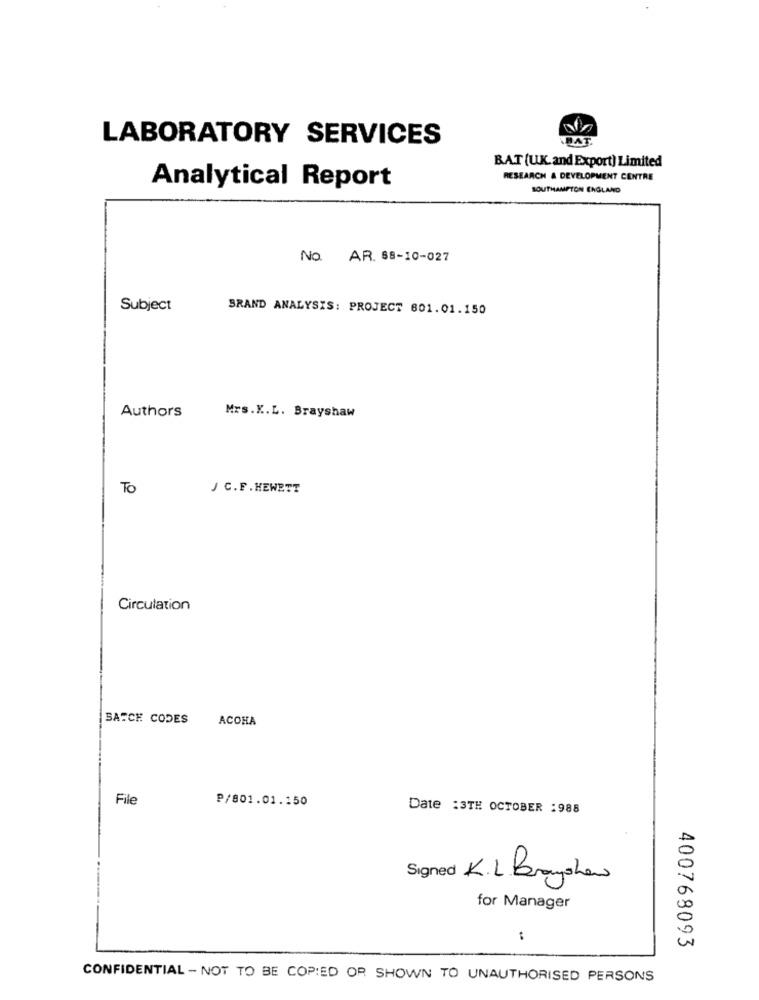
LABORATORY SERVICES
DAT
BAT (UK. and Export) Limited
RESEARCH & DEVELOPMENT CENTRE
Analytical Report
SOUTHAMPTON ENGLAND
No. AR. 68-10-027
Subject
BRAND ANALYSIS: PROJECT 801.01.150
Authors
Mrs.K.L. Brayshaw
To
J C. F . HEWETT
Circulation
BATCH CODES
ACOHA
File
P/801.01.150
Date :3TH OCTOBER :988
Signed K.L. Brayshon
for Manager
400768093
CONFIDENTIAL - NOT TO BE COPIED OR SHOWN TO UNAUTHORISED PERSONS